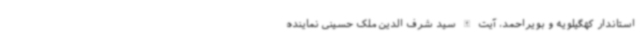
استاندار کهگیلویه و بویراحمد، آیت الله سید شرف الدین ملک حسینی نماینده